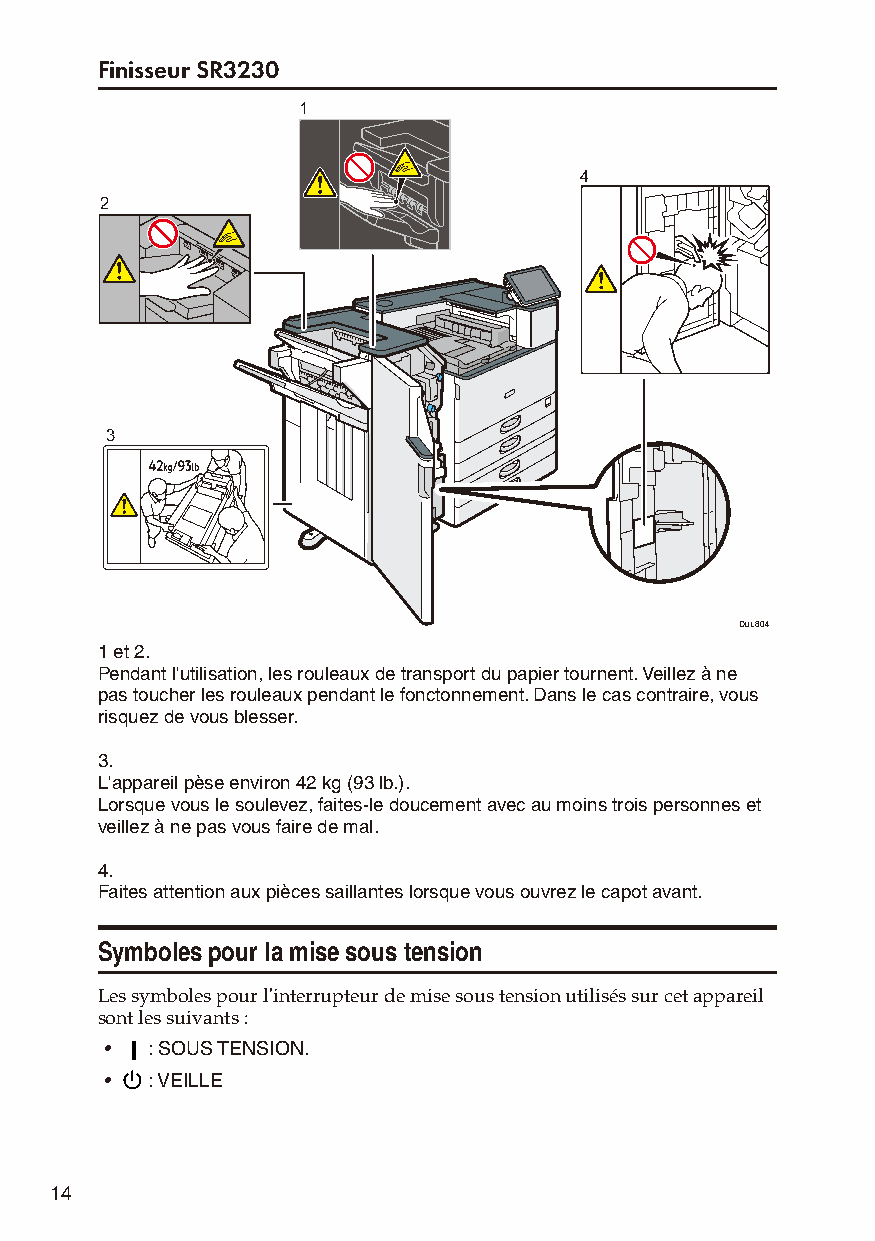
Finisseur SR3230
 1
 4
 2
 3
 DUL804
 1 et 2.
 Pendant l'utilisation, les rouleaux de transport du papier tournent. Veillez à ne
 pas toucher les rouleaux pendant le fonctonnement. Dans le cas contraire, vous
 risquez de vous blesser.
 3.
 L'appareil pèse environ 42 kg (93 lb.).
 Lorsque vous le soulevez, faites-le doucement avec au moins trois personnes et
 veillez à ne pas vous faire de mal.
 4.
 Faites attention aux pièces saillantes lorsque vous ouvrez le capot avant.
 Symboles pour la mise sous tension
 Les symboles pour l'interrupteur de mise sous tension utilisés sur cet appareil
 sont les suivants :
 •  : SOUS TENSION.
 •  : VEILLE
 14